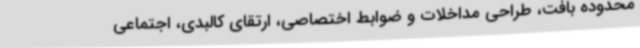
محدوده بافت، طراحی مداخلات و ضوابط اختصاصی، ارتقای کالبدی، اجتماعی